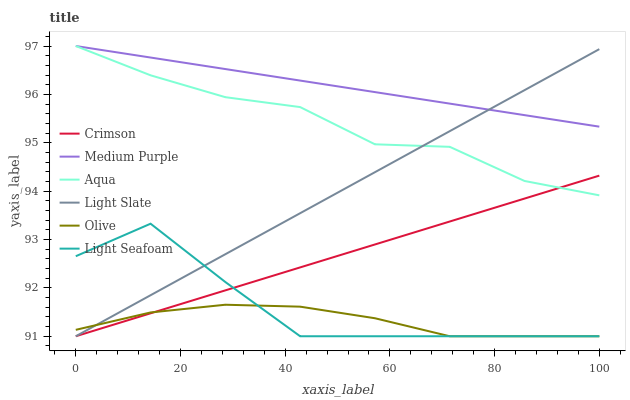
| xaxis_label | Crimson | Medium Purple | Aqua | Light Slate | Olive | Light Seafoam |
 | --- | --- | --- | --- | --- | --- | --- |
 | 0 | 91 | 97 | 97 | 91 | 91.1 | 92.7 |
 | 14.3 | 91.5 | 96.8 | 96.4 | 91.8 | 91.5 | 93.3 |
 | 28.6 | 91.9 | 96.5 | 95.9 | 92.7 | 91.7 | 92.1 |
 | 42.9 | 92.4 | 96.3 | 95.7 | 93.5 | 91.6 | 91 |
 | 57.1 | 92.9 | 96 | 95 | 94.4 | 91.4 | 91 |
 | 71.4 | 93.4 | 95.8 | 94.9 | 95.2 | 91 | 91 |
 | 85.7 | 93.8 | 95.6 | 94.2 | 96.1 | 91 | 91 |
 | 100 | 94.3 | 95.3 | 93.9 | 96.9 | 91 | 91 |